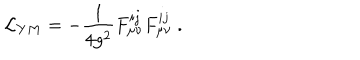
LaTeX: { \cal L } _ { Y M } = - \frac { 1 } { 4 g ^ { 2 } } F _ { \mu \nu } ^ { i j } F _ { \mu \nu } ^ { i j } ~ .